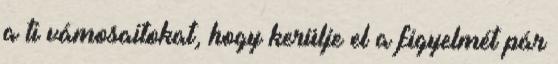
a ti vámosaitokat, hogy kerülje el a figyelmét pár